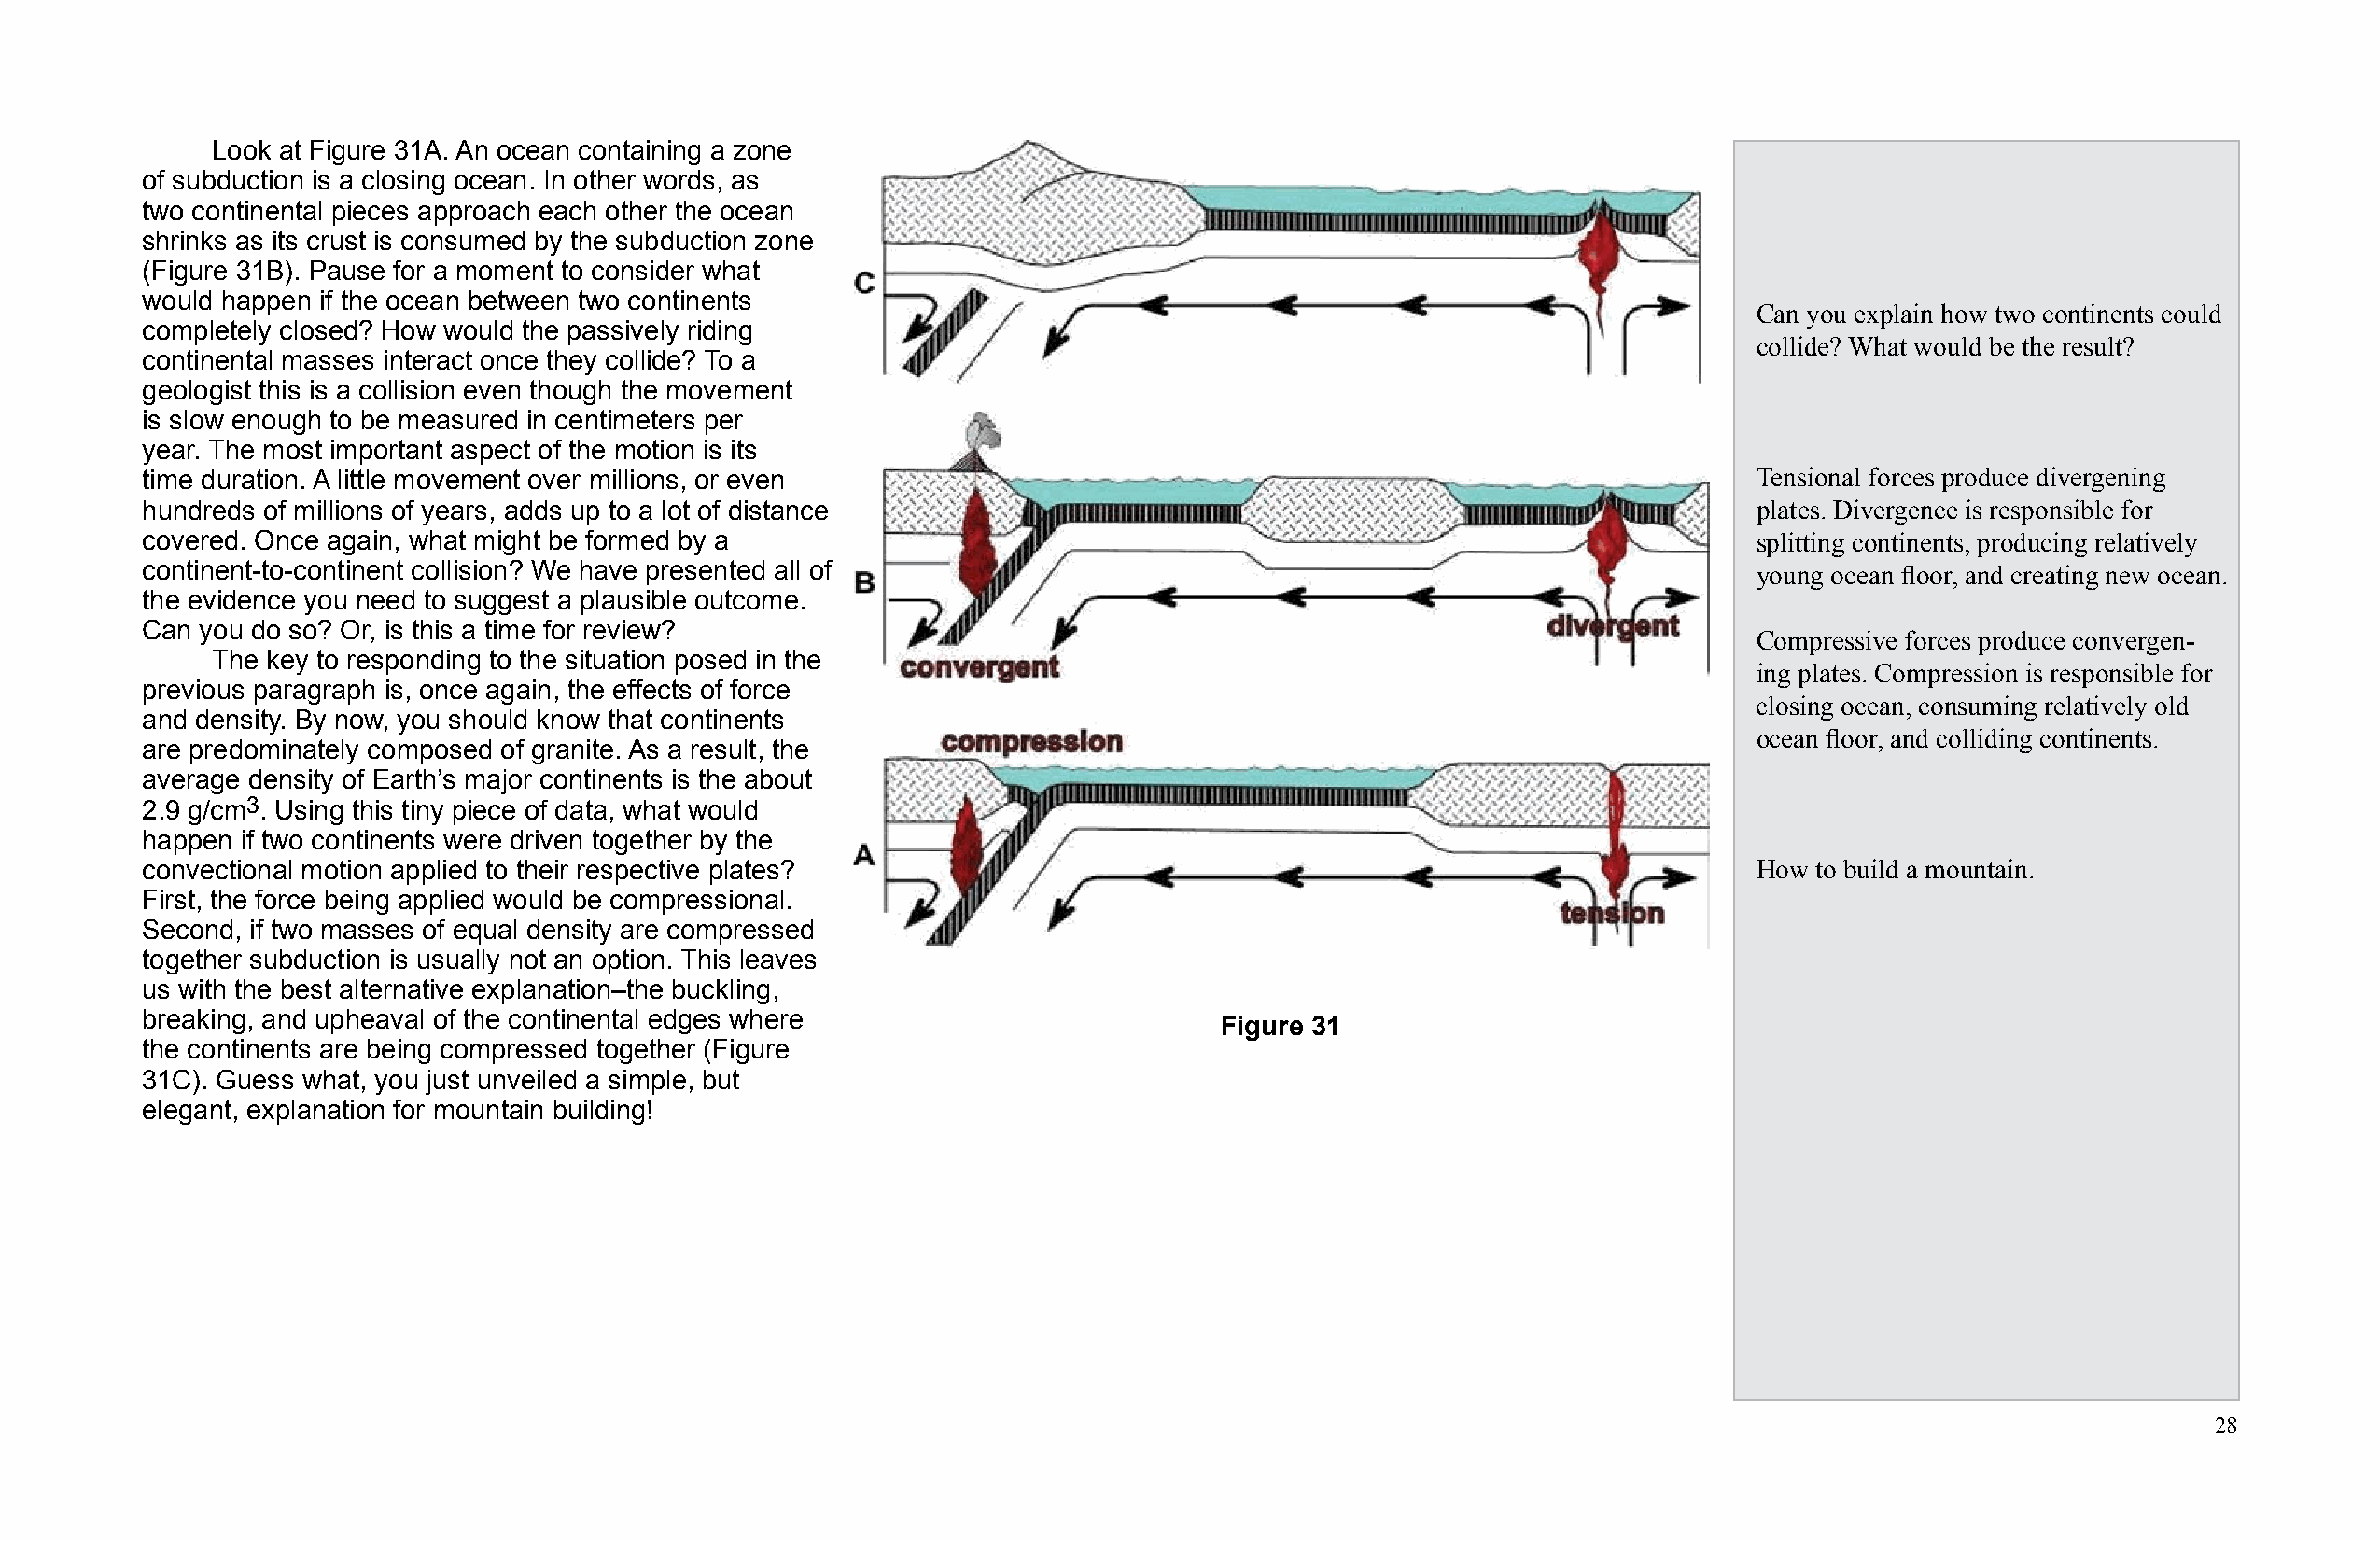
Look at Figure 31A. An ocean containing a zone
 of subduction is a closing ocean. In other words, as
 two continental pieces approach each other the ocean
 shrinks as its crust is consumed by the subduction zone
 (Figure 31B). Pause for a moment to consider what
 would happen if the ocean between two continents
 Can you explain how two continents could
 completely closed? How would the passively riding
 collide? What would be the result?
 continental masses interact once they collide? To a
 geologist this is a collision even though the movement
 is slow enough to be measured in centimeters per
 year. The most important aspect of the motion is its
 time duration. A little movement over millions, or even                                                            Tensional forces produce divergening
 hundreds of millions of years, adds up to a lot of distance                                                        plates. Divergence is responsible for
 covered. Once again, what might be formed by a                                                                     splitting continents, producing relatively
 continent-to-continent collision? We have presented all of                                                         young ocean fl oor, and creating new ocean.
 the evidence you need to suggest a plausible outcome.
 Can you do so? Or, is this a time for review?
 Compressive forces produce convergen-
 The key to responding to the situation posed in the
 ing plates. Compression is responsible for
 previous paragraph is, once again, the effects of force
 closing ocean, consuming relatively old
 and density. By now, you should know that continents
 ocean fl oor, and colliding continents.
 are predominately composed of granite. As a result, the
 average density of Earth’s major continents is the about
 2.9 g/cm3. Using this tiny piece of data, what would
 happen if two continents were driven together by the
 convectional motion applied to their respective plates?                                                            How to build a mountain.
 First, the force being applied would be compressional.
 Second, if two masses of equal density are compressed
 together subduction is usually not an option. This leaves
 us with the best alternative explanation–the buckling,
 breaking, and upheaval of the continental edges where
 Figure 31
 the continents are being compressed together (Figure
 31C). Guess what, you just unveiled a simple, but
 elegant, explanation for mountain building!
 28